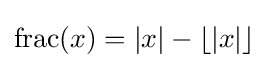
\operatorname {frac} (x)=|x|-\lfloor |x|\rfloor